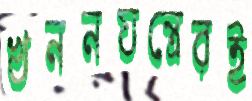
খননযন্ত্রেরই